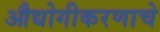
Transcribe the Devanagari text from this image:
औद्योगीकरणाचे